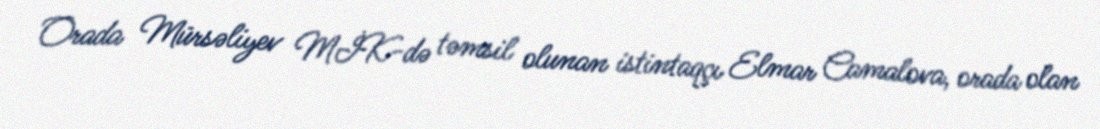
Orada Mürsəliyev MİK-də təmsil olunan istintaqçı Elmar Camalova, orada olan